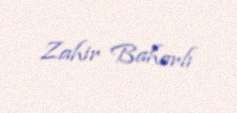
Zahir Baharlı